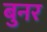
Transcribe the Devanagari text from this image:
बुनर